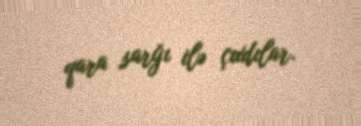
qara sarğı ilə çıxdılar.